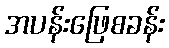
အပန်းဖြေစခန်း